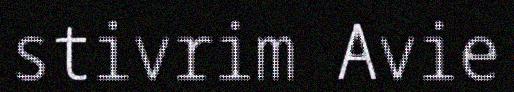
stivrim Avie